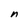
Character: n